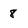
Character: 8